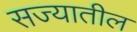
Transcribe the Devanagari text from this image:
सज्यातील